38_143685_box_Incident_Summaries_101-172
Agency: Department of War
Page 121
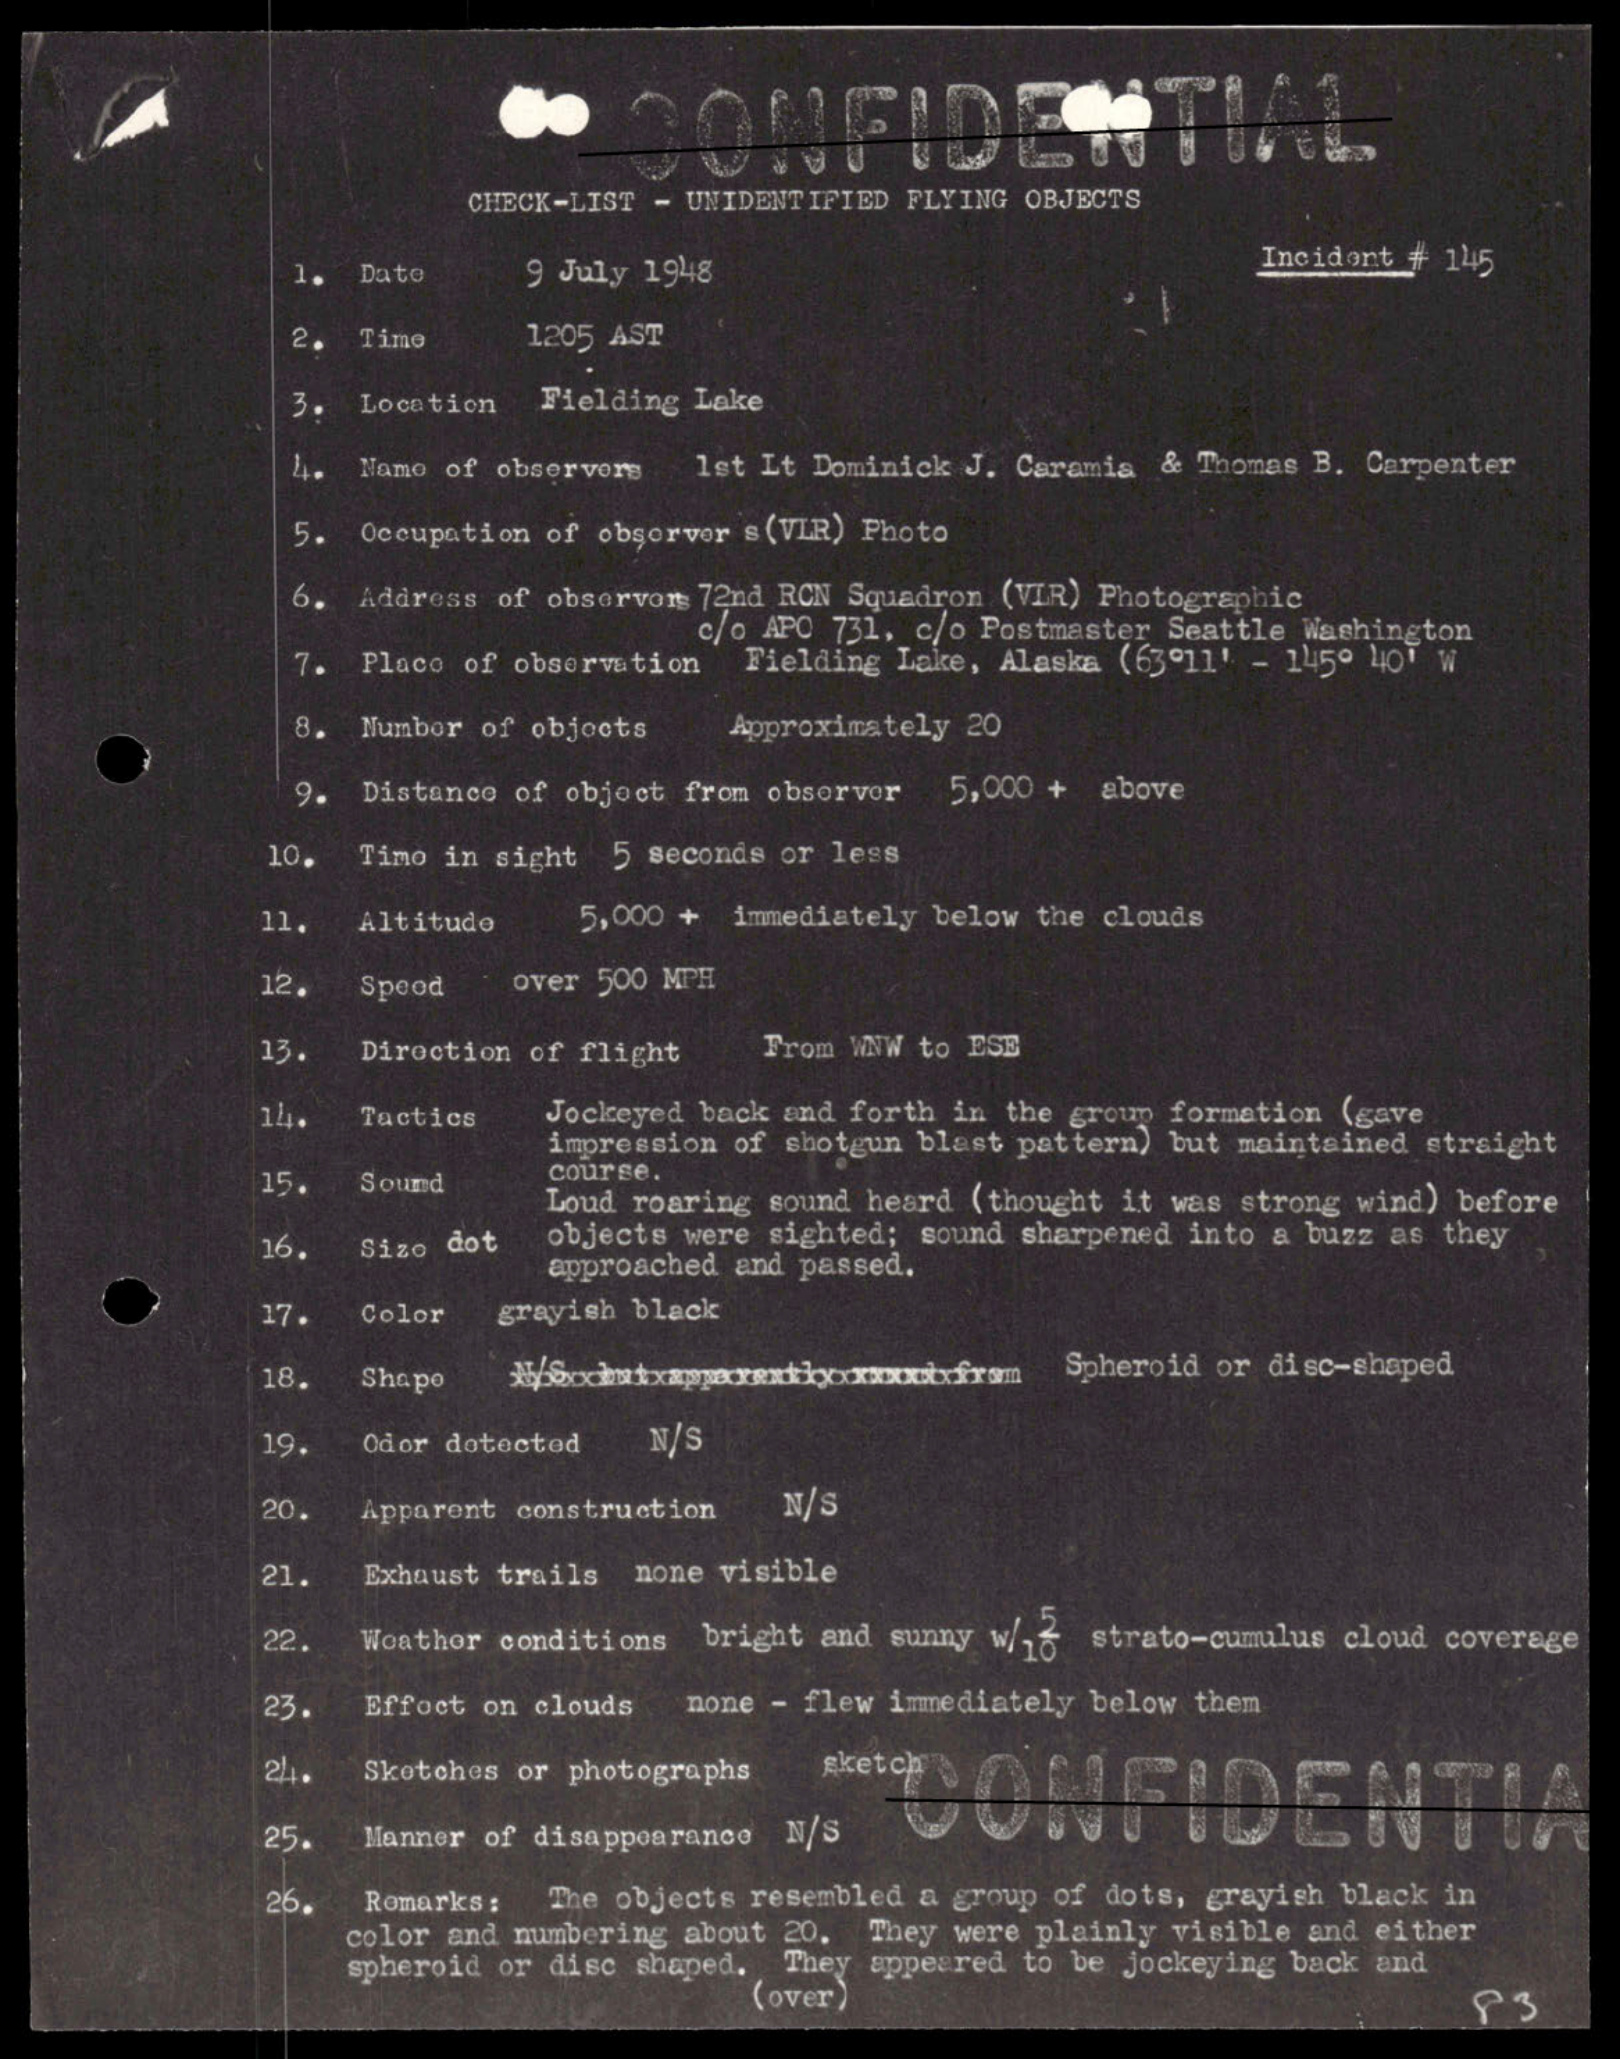